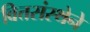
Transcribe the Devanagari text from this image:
वित्तसंस्थेने